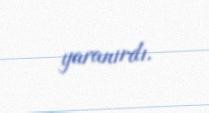
yaranırdı.